King Institute of Preventive Medicine Micro-Biological Section reports 1912-19
Year: 1912
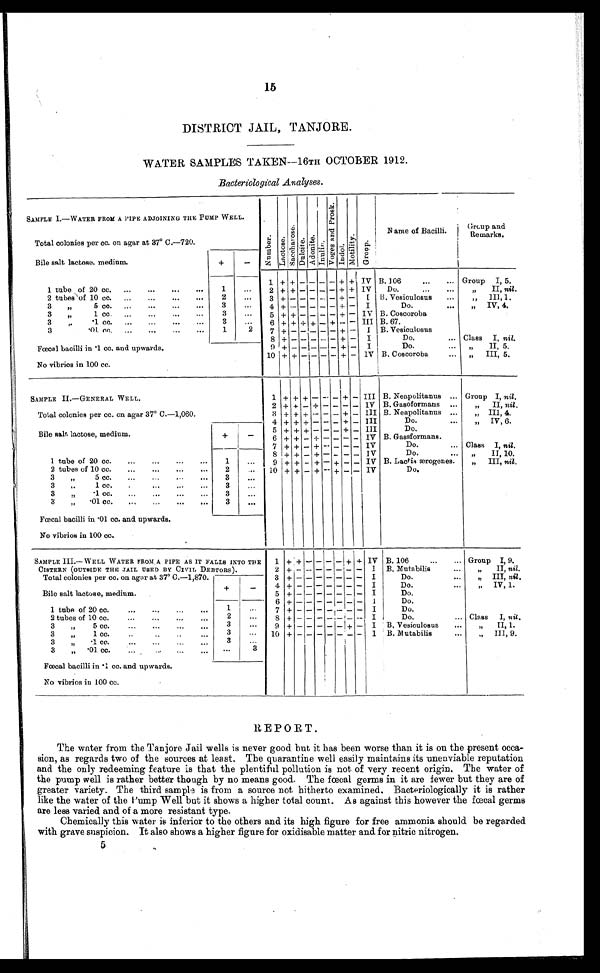
15
DISTRICT JAIL, TANJORE.
WATER SAMPLES TAKEN-16TH OCTOBER 1912.
Bacteriological Analyses.
SAMPLE I.—WATER FROM A PIPE ADJOINING THE PUMP WELL .
Number. Location. S a c c h a r o s e . Dul ci t e. Adonite.
I nul i n.
V o g e s a n d P r o s k .
Indol. Mot i l i t y.
G r o u p .
N a m e o f B a c i l l i .
Group and Remarks.
Total colonies per cc. on agar at 37° C.
—720.
Bile salt lactose. medium.
+
-
1 + +
- - - -
+ + IV B.106
Group I, 5.
1 tube of 20 cc.
1
2 + +
- - - -
+ + IV
Do.
„ II, nil.
2 tubes of 10 cc.
2
3 +
- - - -
- + - I
B. Vesiculosus
„ III.
3
„
5 cc.
3
4 +
-
- - - - + - I
Do
„ V, 4.
3
„
1 cc.
3
5 + + - - - - + - IV B. Coscoroba
3·„
·1 cc.
3
6 + + + + - + - - III B. 67.
3·„
· 01 cc.
1
2
7 + - - - - - + -
I
Vesiculosus
8
+ -
- - - -
+
-
I
Do.
Class , nil.
Fœcal bacilli in ·1 cc. and upwards.
9 + - - - - - + - I
Do.
„ I, 5.
No vibrios in 100 cc.
10 + + -
-
- - + - IV B. Coscoroba
„ II, 5.
SAMPLE II—GENERAL WELL.
1 + + + - - - + - III B. Neapolitanus
Group , nil.
2 + + - + - - - - IV B. Gasoformans
„ I, nil.
Total colonies per cc. on agar 37° C.
—1,060.
3 + + + - - - + - III B. Neapolitanus
„ II, 4.
4 + + + - - - + -
III
Do.
„ V, 6.
5 + + + - - - + - III
Do.
Bile salt lactose, medium.
+
-
6 + + - + - - - - IV B. Gassformans.
7 + + – + - – – – IV
Do.
Class I, nil.
8 + + - + - - - -
IV
Do.
„ II, 10.
1 tube of 20 cc.
1
9 + + - + - + - - IV B. Laotis œrogenes.
„ III, nil.
2 tubes of 10 cc.
2
10 + + - +
- + - - IV
Do.
3
„
5 cc.
3
3
„
1 cc.
3
3
„
·1 cc.
3
3
„
·01 cc.
3
Fcecal bacilli in •01 cc. and upwards.
No vibrios in 100 cc.
SAMPLE III.— WELL WATER FROM . A PIPE AS IT FALLS INTO THE
CISTERN (OUTSIDE THE JAIL USED BY CIVIL DEBTORS).
1 + + - -
-
- + + IV
B. 106
Group I, 9.
2 + - - - - - - - I
B. Mutabilis
„ I, nil.
Total colonies per cc. on agar at 37° C.
—1,870.
3 + - - - - - - - I
Do.
„ III, nil.
Bile salt lactose, medium.
+
-
4 + - - - - - - -
I
Do.
„ IV, 1.
5 + - - - - - - -
I
Do.
6 + - - - - - - -
I
Do.
1 tube of 20 cc.
1
7 + -
- - - - - - I
Do.
2 tubes of 10 cc.
2
8 + - - - - - - - I
Do.
Class I, nit.
3
„
5 cc.
3
9 + - - - - - + - I
B, Vesiculosus
„ II, 1.
3
„
1 cc.
3
10 + - - - - - - -
I
B. Mutabilis
„ III 9.
3
„
·1 cc.
3
3
„
·01 cc.
3
Fœcal bacilli in ·1 cc. and upwards.
No vibrios iu 100 cc.
REPORT.
The water from the Tanjore Jail wells is never good but it has been worse than it is on the present occa
sion, as regards two of the sources at least. The quarantine well easily maintains its -unenviable reputation
and the only redeeming feature is that the plentiful pollution is not of very recent origin. The water of
the pump well is rather better though by no means good. The faecal germs in it are fewer but they are of
greater variety. The third sample is from a source not, hitherto examined. Bacteriologically it is rather
like the water of the Pump Well but it shows a higher total count. As against this however the focal germs
are less varied and of a more resistant type.
Chemically this water is inferior to the others and its high figure for free ammonia should be regarded
with grave suspicion. It also shows a higher figure for oxidisable matter and for nitric nitrogen.
5